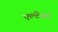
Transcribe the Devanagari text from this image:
एल्टेअर